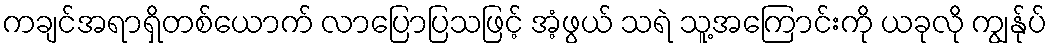
ကချင်အရာရှိတစ်ယောက် လာပြောပြသဖြင့် အံ့ဖွယ် သရဲ သူ့အကြောင်းကို ယခုလို ကျွန်ုပ်